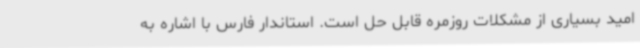
امید بسیاری از مشکلات روزمره قابل حل است. استاندار فارس با اشاره به